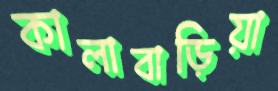
কালাবাড়িয়া